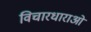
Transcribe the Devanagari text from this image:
विचारधाराओंं